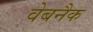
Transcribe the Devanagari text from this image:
वेबनैक